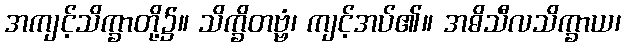
အကျင့်သိက္ခာတို့၌။ သိက္ခိတဗ္ဗံ၊ ကျင့်အပ်၏။ အဓိသီလသိက္ခာယ၊